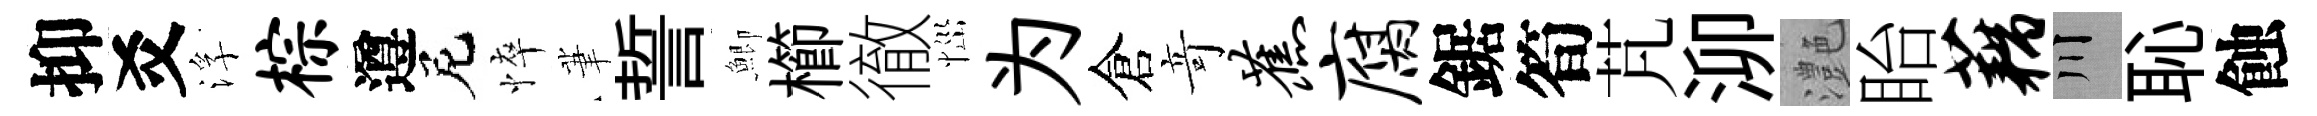
抑爻浮棕遵尼悴茟誓鯽櫛徹𢙉为倉竒蕉腐鋸筍芃泖灔眙藕川恥蝕